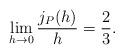
LaTeX: \begin{align*} \begin{aligned} \lim _{h\rightarrow 0}\frac{j_P(h)}{h}=\frac{2}{3}. \end{aligned} \end{align*}